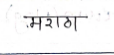
मजकूर: मराठा